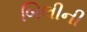
બિલીની